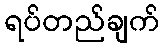
ရပ်တည်ချက်